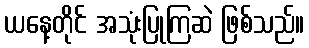
ယနေ့တိုင် အသုံးပြုကြဆဲ ဖြစ်သည်။